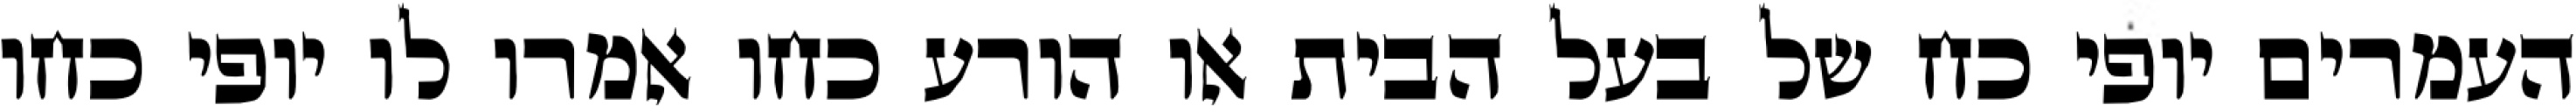
העמרים יופי כח של בעל הבית או הורע כחו אמרו לו יופי כחו